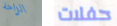
الراحة حفلات